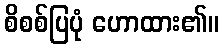
စိစစ်ပြပုံ ဟောထား၏။